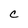
Character: c